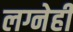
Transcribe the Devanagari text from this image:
लग्नेही